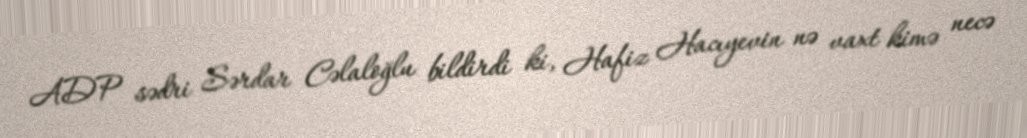
ADP sədri Sərdar Cəlaloğlu bildirdi ki, Hafiz Hacıyevin nə vaxt kimə necə